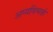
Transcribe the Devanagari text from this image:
अप्यविभक्तं